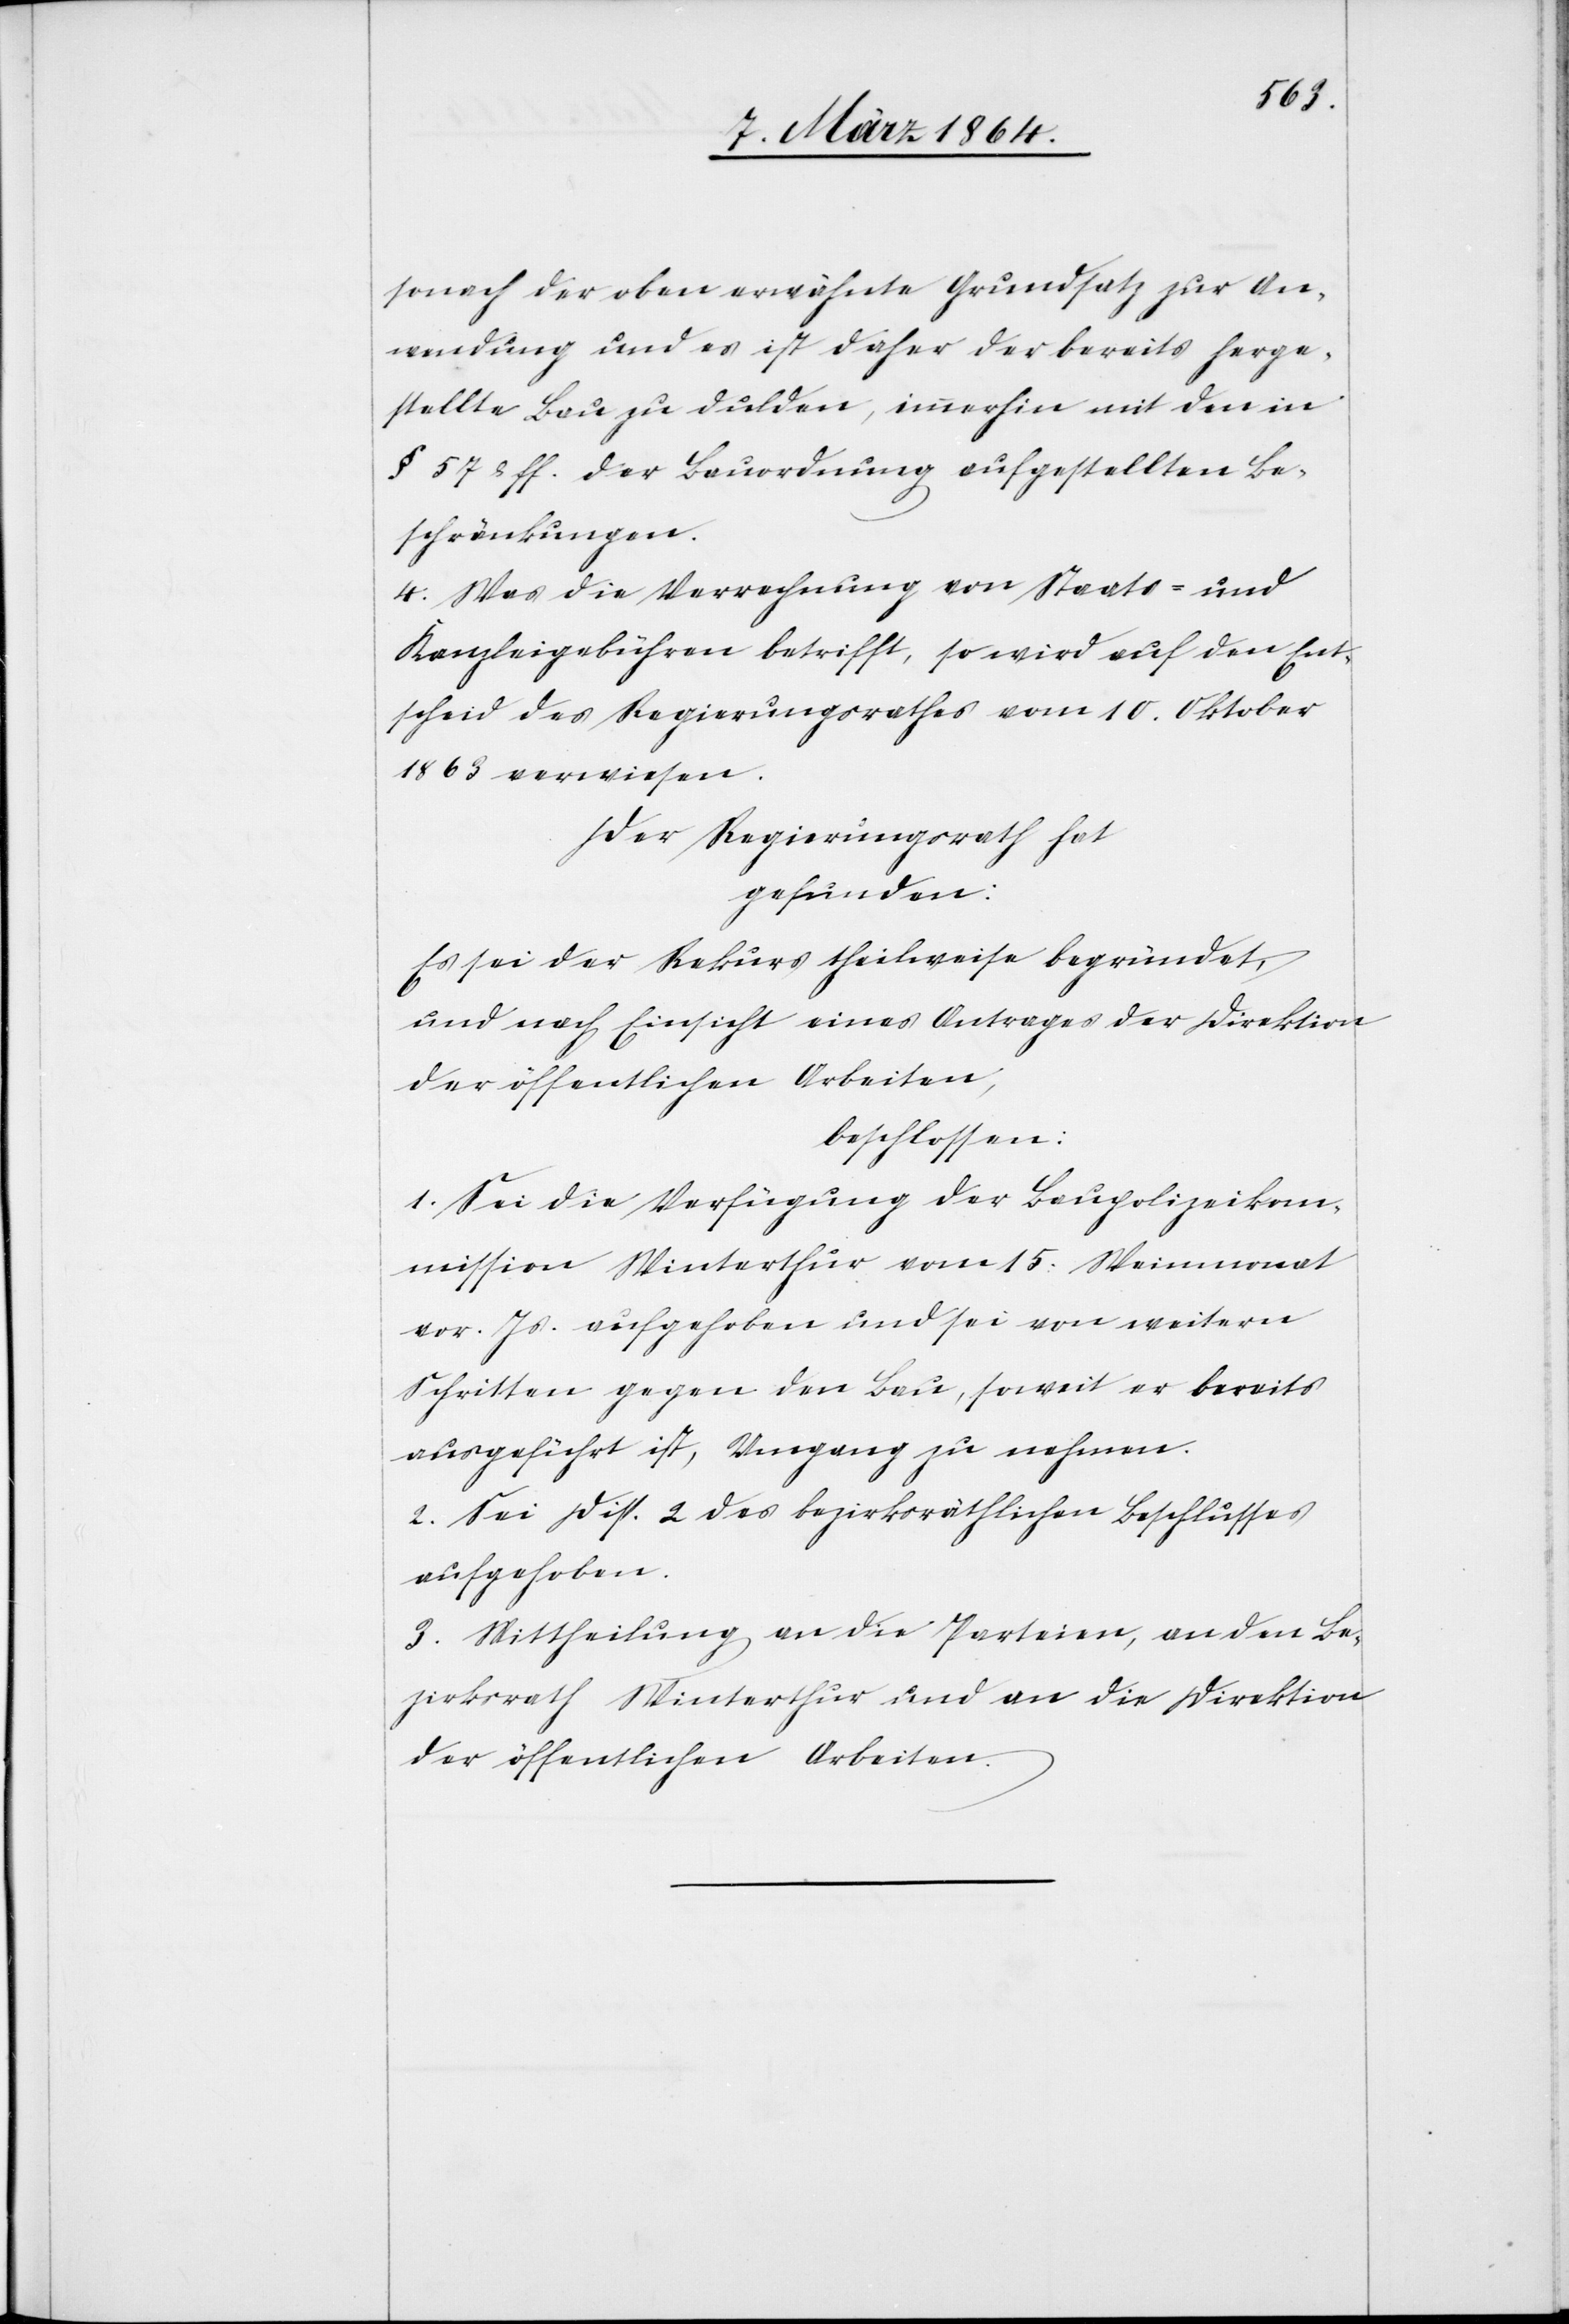
sonach der oben erwähnte Grundsatz zur An¬
wendung und es ist daher der bereits herge¬
stellte Bau zu dulden, immerhin mit den in
§ 57 & ff. der Bauordnung aufgestellten Be¬
schränkungen.
4. Was die Verrechnung von Staats- und
Kanzleigebühren betrifft, so wird auf den Ent¬
scheid des Regierungsrathes vom 10. Oktober
1863 verwiesen.
Der Regierungsrath hat
gefunden:
Es sei der Rekurs theilweise begründet,
und nach Einsicht eines Antrages der Direktion
der öffentlichen Arbeiten,
beschlossen:
1. Sei die Verfügung der Baupolizeikom¬
mission Winterthur vom 15. Weinmonat
vor. Js. aufgehoben und sei von weitern
Schritten gegen den Bau, soweit er bereits
ausgeführt ist, Umgang zu nehmen.
2. Sei Disp. 2 des bezirksräthlichen Beschlusses
aufgehoben.
3. Mittheilung an die Parteien, an den Be¬
zirksrath Winterthur und an die Direktion
der öffentlichen Arbeiten.